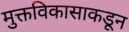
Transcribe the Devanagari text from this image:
मुक्तविकासाकडून